Mental hospitals Bombay report 1929-33 - 1929-1933
Year: 1929
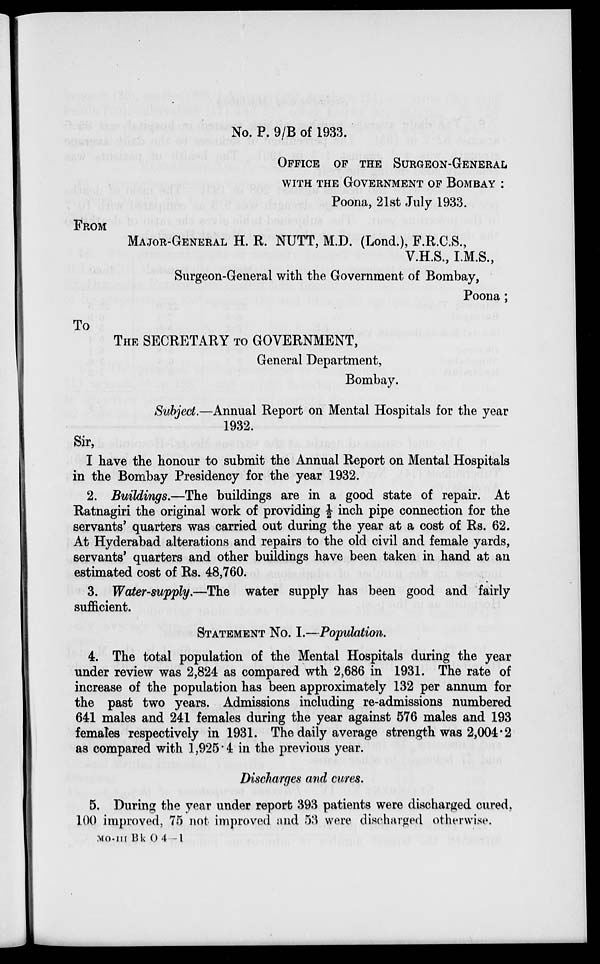
No. P. 9/B of 1933.
OFFICE OF THE SURGEON-GENERAL
WITH THE GOVERNMENT OF BOMBAY :
Poona, 21st July 1933.
FROM
MAJOR-GENERAL H. R. NUTT, M.D. (Lond.), F.R.C.S.,
V.H.S., I.M.S.,
Surgeon-General with the Government of Bombay,
Poona;
To
THE SECRETARY TO GOVERNMENT,
General Department,
Bombay.
Subject.—Annual Report on Mental Hospitals for the year
1932.
Sir,
I have the honour to submit the Annual Report on Mental Hospitals
in the Bombay Presidency for the year 1932.
2. Buildings.—The buildings are in a good state of repair. At
Ratnagiri the original work of providing ½ inch pipe connection for the
servants' quarters was carried out during the year at a cost of Rs. 62.
At Hyderabad alterations and repairs to the old civil and female yards,
servants' quarters and other buildings have been taken in hand at an
estimated cost of Rs. 48,760.
3. Water-supply.—The water supply has been good and fairly
sufficient.
STATEMENT No. I.—Population.
4. The total population of the Mental Hospitals during the year
under review was 2,824 as compared wth 2,686 in 1931. The rate of
increase of the population has been approximately 132 per annum for
the past two years. Admissions including re-admissions numbered
641 males and 241 females during the year against 576 males and 193
females respectively in 1931. The daily average strength was 2,004.2
as compared with 1,925.4 in the previous year.
Discharges and cures.
5. During the year under report 393 patients were discharged cured,
100 improved, 75 not improved and 53 were discharged otherwise.
MO-III Bk O 4-1